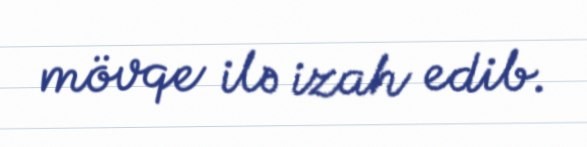
mövqe ilə izah edib.